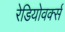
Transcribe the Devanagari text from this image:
रेडियोवर्क्स